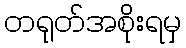
တရုတ်အစိုးရမှ